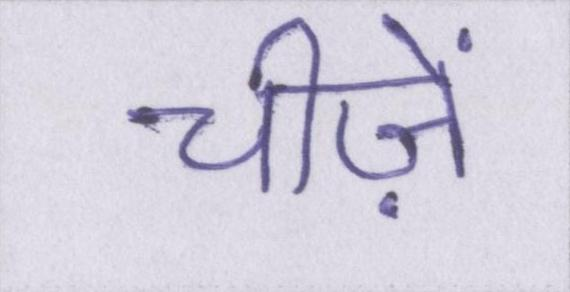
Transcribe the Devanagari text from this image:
चीज़ें